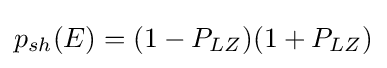
p_{sh}(E)=(1-P_{LZ})(1+P_{LZ})